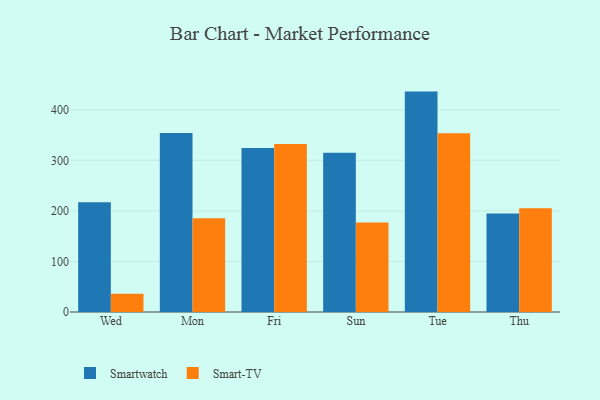
{"axis": {"x": "Day", "y": "Humidity (%)"}, "legend": ["Smart-TV", "Smartwatch"], "data": [{"x": "Wed", "y": 216.9, "type": "Smartwatch"}, {"x": "Wed", "y": 35.9, "type": "Smart-TV"}, {"x": "Mon", "y": 354.2, "type": "Smartwatch"}, {"x": "Mon", "y": 185.6, "type": "Smart-TV"}, {"x": "Fri", "y": 324.4, "type": "Smartwatch"}, {"x": "Fri", "y": 332.5, "type": "Smart-TV"}, {"x": "Sun", "y": 315.2, "type": "Smartwatch"}, {"x": "Sun", "y": 177.2, "type": "Smart-TV"}, {"x": "Tue", "y": 436.0, "type": "Smartwatch"}, {"x": "Tue", "y": 353.6, "type": "Smart-TV"}, {"x": "Thu", "y": 195.1, "type": "Smartwatch"}, {"x": "Thu", "y": 205.0, "type": "Smart-TV"}]}